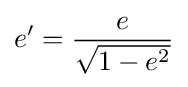
e'={\frac {e}{\sqrt {1-e^{2}}}}